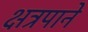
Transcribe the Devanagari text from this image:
क्षत्रपाने